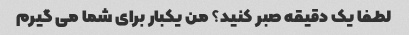
لطفا یک دقیقه صبر کنید؟ من یکبار برای شما می گیرم